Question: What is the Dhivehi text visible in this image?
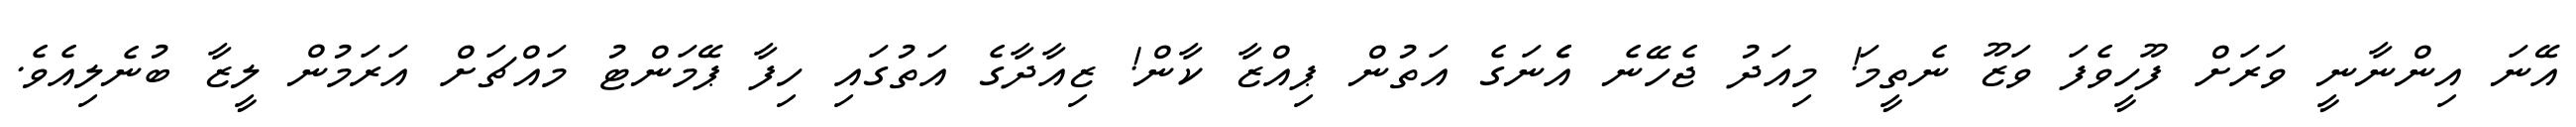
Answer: އޭނަ އިންނާނީ ވަރަށް ފޫހީވެފަ ވަޒޫ ނެތީމަ! މިއަދު ޖެހޭނެ އެެނަގެ އަތުން ޕިއްޒާ ކާން! ޒިއާދާގެ އަތުގައި ހިފާ ޕޭމަންޓު މައްޗަށް އަރަމުން ލީޒާ ބުނެލިއެވެ.